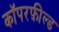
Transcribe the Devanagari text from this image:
कॉपरफ़ील्ड